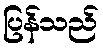
ပြန်သည်